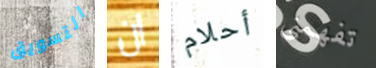
التسويق ان أحلام تفهمنى